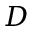
D